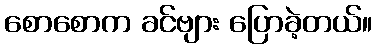
စောစောက ခင်ဗျား ပြောခဲ့တယ်။